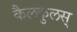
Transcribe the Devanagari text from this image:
कैलकुलस्‌